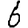
Digit: 6